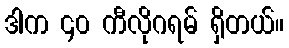
ဒါက ၄၀ ကီလိုဂရမ် ရှိတယ်။